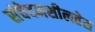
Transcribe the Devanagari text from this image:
संवेदनशीलतेस